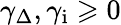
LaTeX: \gamma_{\Delta},\gamma_{\mathrm{i}}\geqslant 0